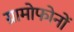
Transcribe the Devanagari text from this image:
ग्रामोफोनों